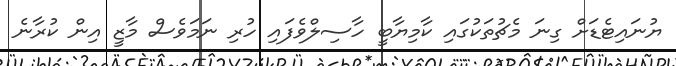
ޔުނައިޓެޑަށް ގިނަ މެޗުތަކުގައި ކާމިޔާބީ ހާސިލްވެފައި ހުރި ނަމަވެސް މާޒީ އިން ކުރާނެ